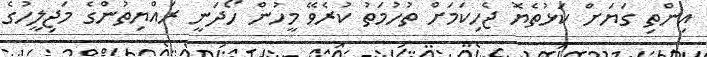
އިންތި ގަޔަށް ކަޅުތެޔޮ ޖެހިކަމަށް ތުހުމަތު ކުރެވޭ މީހުން ހޯދަނީ ރައްޔިތުންގެ މަޖިލީހުގެ